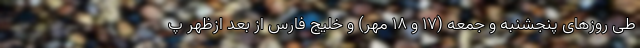
طی روزهای پنجشنبه و جمعه (۱۷ و ۱۸ مهر) و خلیج فارس از بعد ازظهر پ